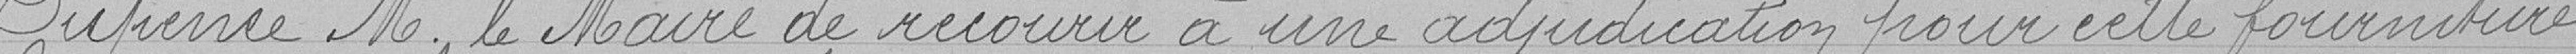
Dispense M. le Maire de recourir à une adjudication pour cette fourniture